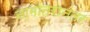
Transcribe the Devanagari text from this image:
नामांतरानंतर